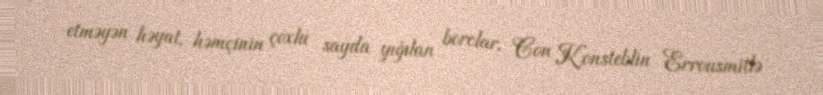
etməyən həyat, həmçinin çoxlu sayda yığılan borclar, Con Konsteblin Errousmitlə